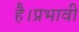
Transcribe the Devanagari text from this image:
है।प्रभावी